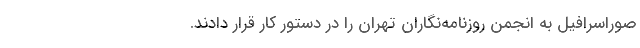
صوراسرافیل به انجمن روزنامه‌نگاران تهران را در دستور کار قرار دادند.